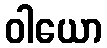
ဝါယော